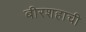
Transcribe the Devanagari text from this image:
बीरशहाची